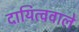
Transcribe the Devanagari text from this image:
दायित्ववाले